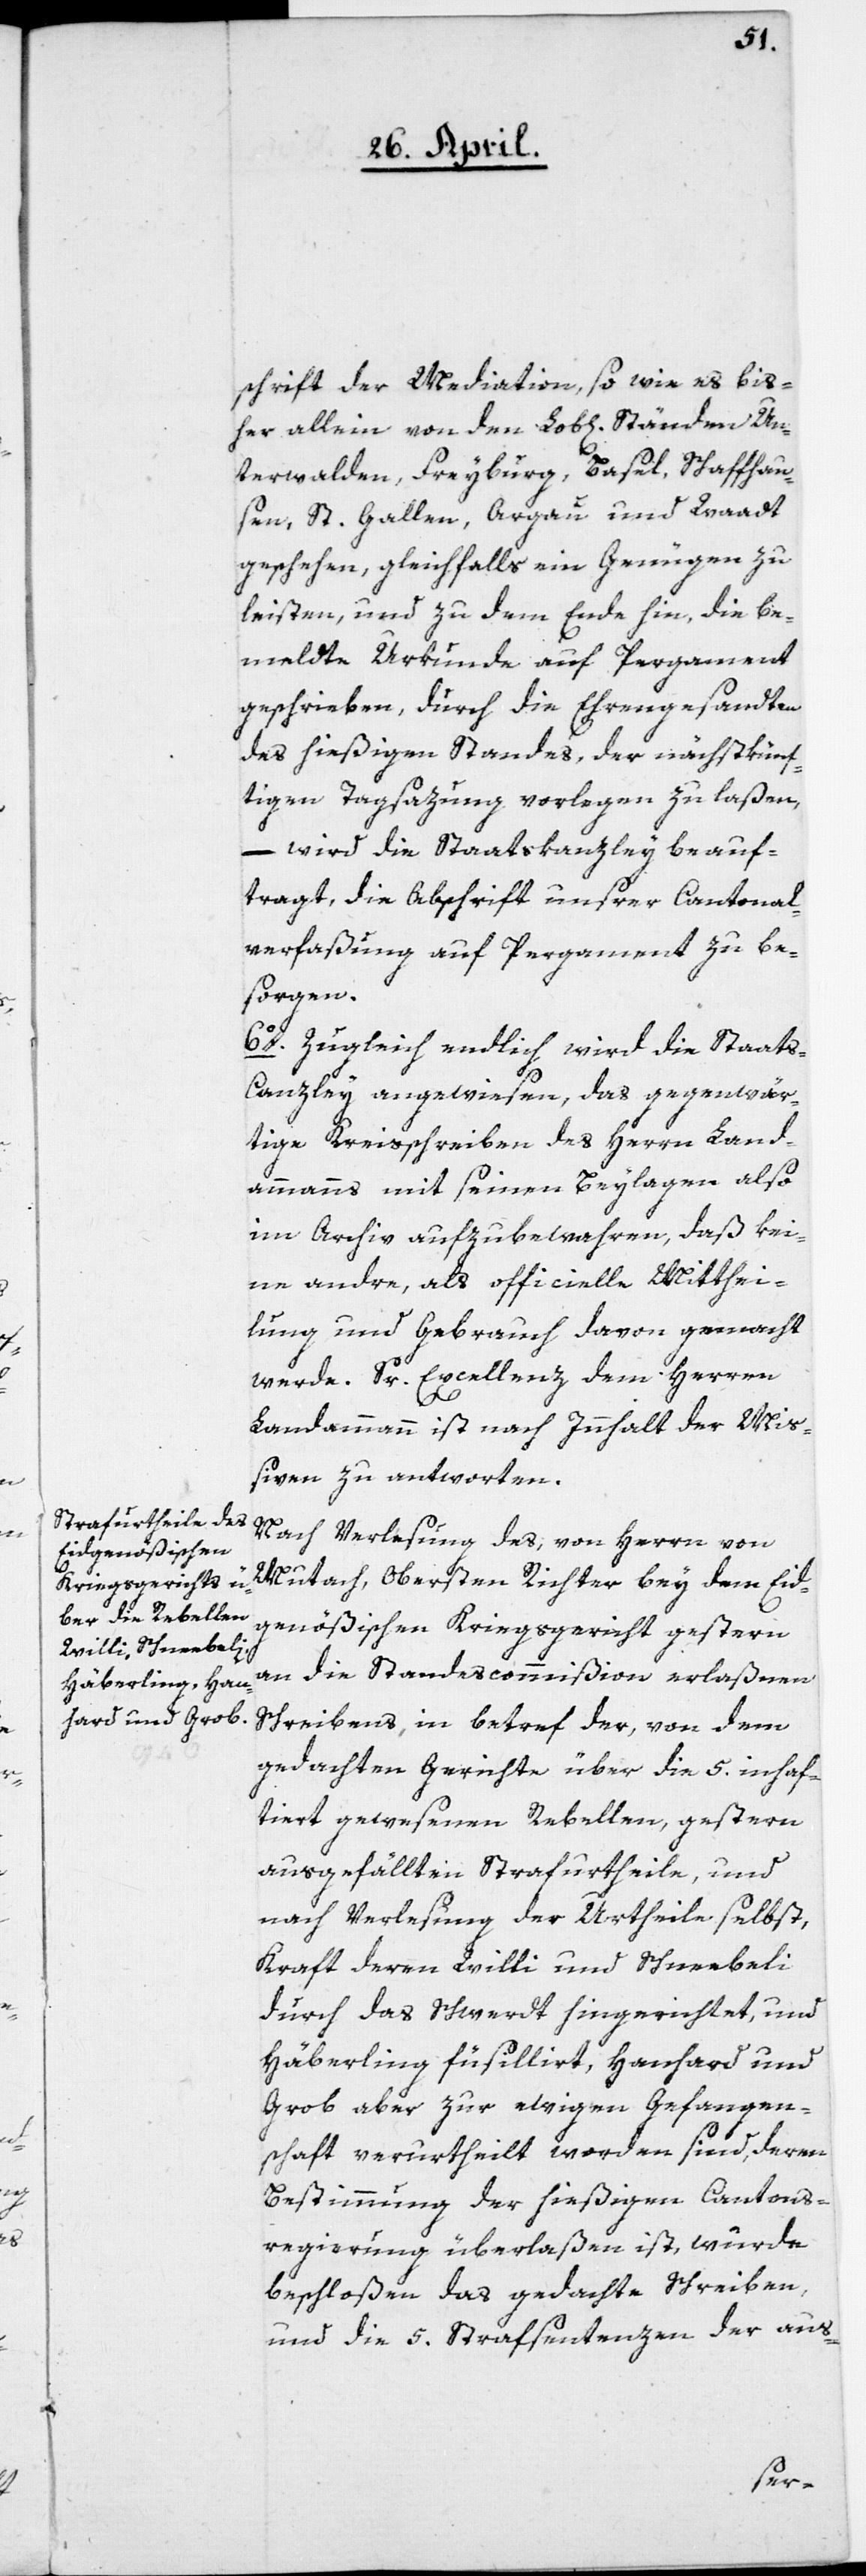
schrift der Mediation, so wie es bis¬
her allein von den Lob[lichen] Ständen Un¬
terwalden, Freyburg, Basel, Schaffhau¬
sen, St. Gallen, Argau und Waadt
geschehen, gleichfalls ein Genügen zu
leisten, und zu dem Ende hin, die be¬
meldte Urkunde auf Pergament
geschrieben, durch die Ehrengesandten
des hießigen Standes, der nächstkünf¬
tigen Tagsazung vorlegen zu laßen,
– wird die Staatskanzley beauf¬
tragt, die Abschrift unsrer Cantonal¬
verfaßung auf Pergament zu be¬
sorgen.
6o. Zugleich endlich wird die Staats-C¬
anzley angewiesen, das gegenwär¬
tige Kreisschreiben des Herrn Land¬
ammanns mit seinen Beylagen also
im Archiv aufzubewahren, daß kei¬
ne andre, als officielle Mitthei¬
lung und Gebrauch davon gemacht
werde. Sr. Excellenz dem Herren
Landammann ist nach Innhalt der Miß¬
iven zu antworten.
Nach Verlesung des, von Herrn von
Mutach, Obersten Richter bey dem Eid¬
genößischen Kriegsgericht gestern
an die Standescommißion erlaßnen
Schreibens, in betref der, von dem
gedachten Gerichte über die 5. inhaf¬
tiert gewesenen Rebellen, gestern
ausgefällten Strafurtheile, und
nach Verlesung der Urtheile selbst,
Kraft deren Willi und Schneebeli
durch das Schwert hingerichtet, und
Häberling füsilirt, Hanhard und
Grob aber zur ewigen Gefangen¬
schaft verurtheilt worden sind, deren
Bestimmung der hießigen Cantons¬
regierung überlaßen ist, wurde
beschloßen, das gedachte Schreiben
und die 5. Strafsentenzen der aus-